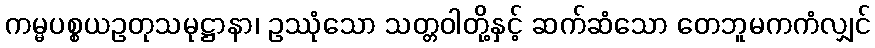
ကမ္မပစ္စယဥတုသမုဋ္ဌာနာ၊ ဥဿုံသော သတ္တဝါတို့နှင့် ဆက်ဆံသော တေဘူမကကံလျှင်